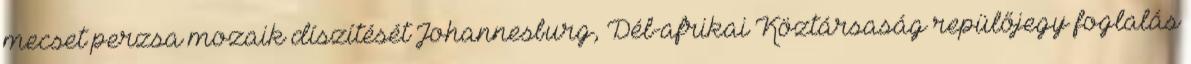
mecset perzsa mozaik díszítését Johannesburg, Dél-afrikai Köztársaság repülőjegy foglalás